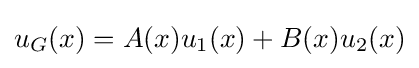
u_{G}(x)=A(x)u_{1}(x)+B(x)u_{2}(x)